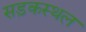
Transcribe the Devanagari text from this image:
सड़कस्थल